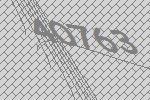
40763